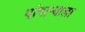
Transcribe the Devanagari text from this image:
पांगाऱ्याला